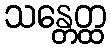
သန္တေတ္ထ